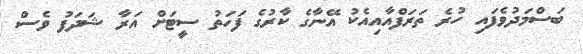
ބަސްމަދުވެފައި ހުރެ ތަރަފްއާއިއެކު އޭނާގެ ކާރުގެ ފަހަތު ސީޓަށް އަރާ ޝަދަފު ވެސް